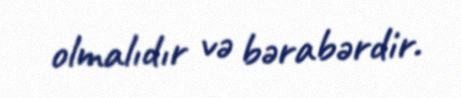
olmalıdır və bərabərdir.